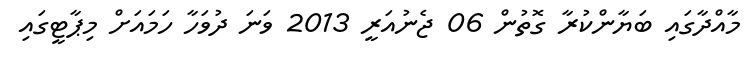
މާއްދާގައި ބަޔާންކުރާ ގޮތުން 06 ޖެނުއަރީ 2013 ވަނަ ދުވަހާ ހަމައަށް މިޕާޓީގައި